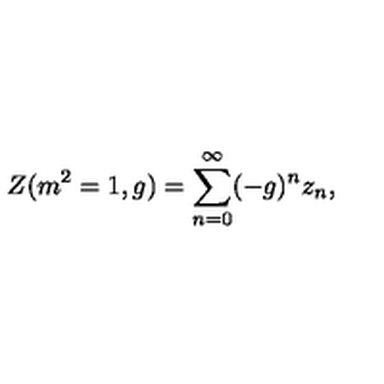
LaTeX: Z ( m ^ { 2 } = 1 , g ) = \sum _ { n = 0 } ^ { \infty } ( - g ) ^ { n } z _ { n } ,